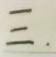
$=$